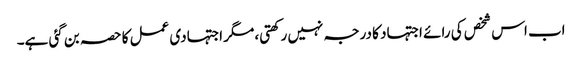
اب اس شخص کی رائے اجتہاد کا درجہ نہیں رکھتی، مگر اجتہادی عمل کا حصہ بن گئی ہے۔